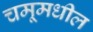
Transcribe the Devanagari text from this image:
चमूमधील